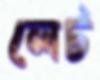
লেট